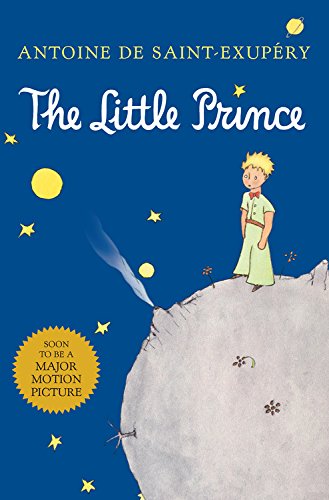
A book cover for The Little Prince; Antoine de Saint-ExupÃ©ry; Teen & Young Adult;